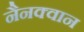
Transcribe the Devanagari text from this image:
नैनक्वान